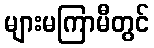
များမကြာမီတွင်